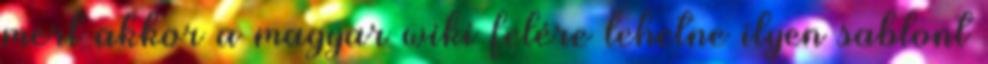
mert akkor a magyar wiki felére lehetne ilyen sablont